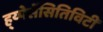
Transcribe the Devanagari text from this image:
ह्य्पेर्सेंसितिविटी